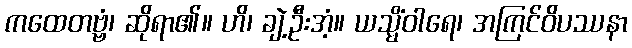
ကထေတဗ္ဗံ၊ ဆိုရာ၏။ ဟိ၊ ချဲ့ဦးအံ့။ ယသ္မိံဝါရေ၊ အကြင်ဝိပဿနာ